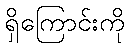
ရှိကြောင်းကို